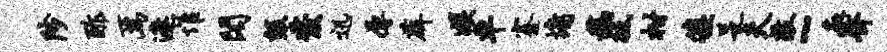
陟酢焉遮惟阁毁发迅辱薜娱车蹇墉稿祗柑簇足夫敲~廨齐